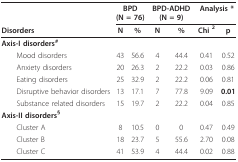
<table><thead><tr><td></td><td colspan="2"><b>BPD (N = 76)</b></td><td colspan="2"><b>BPD-ADHD (N = 9)</b></td><td colspan="2"><b>Analysis *</b></td></tr><tr><td><b>Disorders</b></td><td><b>N</b></td><td><b>%</b></td><td><b>N</b></td><td><b>%</b></td><td><b>Chi <sup>2</sup></b></td><td><b>p</b></td></tr></thead><tbody><tr><td><b>Axis-I disorders</b><sup>#</sup></td><td></td><td></td><td></td><td></td><td></td><td></td></tr><tr><td> Mood disorders</td><td>43</td><td>56.6</td><td>4</td><td>44.4</td><td>0.41</td><td>0.52</td></tr><tr><td> Anxiety disorders</td><td>20</td><td>26.3</td><td>2</td><td>22.2</td><td>0.03</td><td>0.86</td></tr><tr><td> Eating disorders</td><td>25</td><td>32.9</td><td>2</td><td>22.2</td><td>0.06</td><td>0.81</td></tr><tr><td> Disruptive behavior disorders</td><td>13</td><td>17.1</td><td>7</td><td>77.8</td><td>9.09</td><td><b>0.01</b></td></tr><tr><td> Substance related disorders</td><td>15</td><td>19.7</td><td>2</td><td>22.2</td><td>0.04</td><td>0.85</td></tr><tr><td><b>Axis-II disorders<sup>§</sup></b></td><td></td><td></td><td></td><td></td><td></td><td></td></tr><tr><td> Cluster A</td><td>8</td><td>10.5</td><td>0</td><td>0</td><td>0.47</td><td>0.49</td></tr><tr><td> Cluster B</td><td>18</td><td>23.7</td><td>5</td><td>55.6</td><td>2.70</td><td>0.08</td></tr><tr><td> Cluster C</td><td>41</td><td>53.9</td><td>4</td><td>44.4</td><td>0.02</td><td>0.88</td></tr></tbody></table>